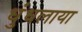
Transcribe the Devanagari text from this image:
धुंधलाया